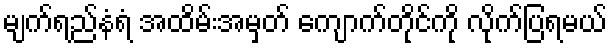
မျက်ရည်နံရံ အထိမ်းအမှတ် ကျောက်တိုင်ကို လိုက်ပြရမယ်